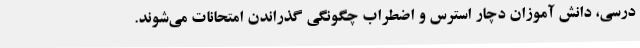
درسی، دانش آموزان دچار استرس و اضطراب چگونگی گذراندن امتحانات می‌شوند.